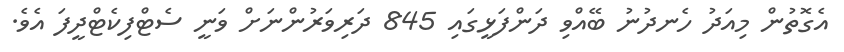
އެގޮތުން މިއަދު ހެނދުނު ބޭއްވި ދަންފަޅީގައި 845 ދަރިވަރުންނަށް ވަނީ ސެޓްފިކެޓްދީފަ އެވެ.